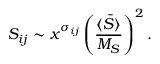
{ \cal S } _ { i j } \sim x ^ { \sigma _ { i j } } \left( \frac { \langle \bar { S } \rangle } { M _ { S } } \right) ^ { 2 } .